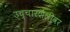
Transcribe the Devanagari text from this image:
उच्चारशैलीवर